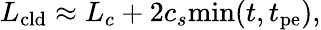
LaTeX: L_{\mathrm{cld}}\approx L_{c}+2c_{s}\mathrm{min}(t,t_{\mathrm{pe}}),